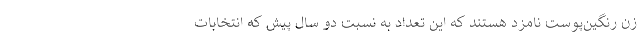
زن رنگین‌پوست نامزد هستند که این تعداد به نسبت دو سال پیش که انتخابات